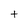
Character: t